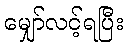
မျှော်လင့်ရပြီး